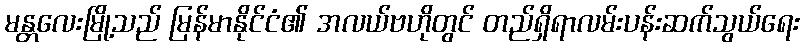
မန္တလေးမြို့သည် မြန်မာနိုင်ငံ၏ အလယ်ဗဟိုတွင် တည်ရှိရာလမ်းပန်းဆက်သွယ်ရေး